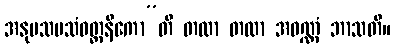
အနုပသမသံဝတ္တနိကော”တိ တထာ တထာ အဝဏ္ဏံ ဘာသတိ။